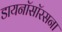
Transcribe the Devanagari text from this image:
डायनॉसॉरसना